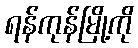
ရန်ကုန်မြို့ကို